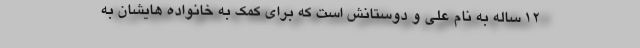
۱۲ ساله به نام علی و دوستانش است که برای کمک به خانواده هایشان به